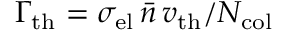
\Gamma _ { \mathrm { t h } } = \sigma _ { \mathrm { e l } } \, \bar { n } \, v _ { \mathrm { t h } } / N _ { \mathrm { c o l } }